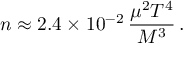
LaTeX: n \approx 2 . 4 \times 1 0 ^ { - 2 } \, \frac { \mu ^ { 2 } T ^ { 4 } } { M ^ { 3 } } \, .